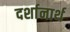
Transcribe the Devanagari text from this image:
दर्शानार्थ